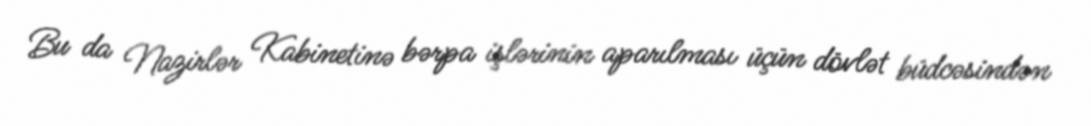
Bu da Nazirlər Kabinetinə bərpa işlərinin aparılması üçün dövlət büdcəsindən